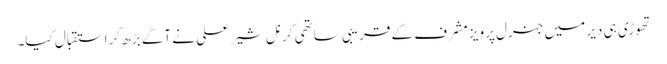
تھوڑی ہی دیر میں جنرل پرویز مشرف کے قریبی ساتھی کرنل شیر علی نے آگے بڑھ کر استقبال کیا۔